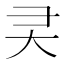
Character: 㚑